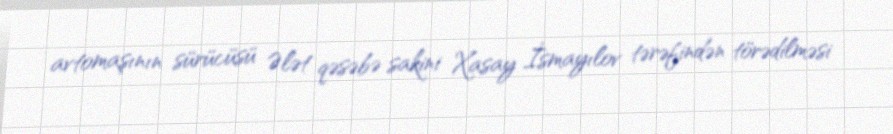
avtomaşının sürücüsü Ələt qəsəbə sakini Xasay İsmayılov tərəfindən törədilməsi